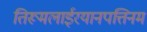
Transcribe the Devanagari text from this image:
तिरूमलाईरयानपत्तिनम